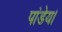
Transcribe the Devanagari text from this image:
पांडेय।